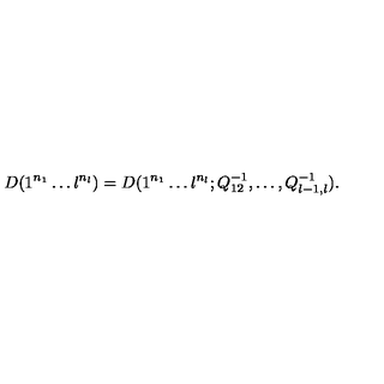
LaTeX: D ( 1 ^ { n _ { 1 } } \ldots l ^ { n _ { l } } ) = D ( 1 ^ { n _ { 1 } } \ldots l ^ { n _ { l } } ; Q _ { 1 2 } ^ { - 1 } , \ldots , Q _ { l - 1 , l } ^ { - 1 } ) .